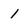
Character: 1